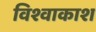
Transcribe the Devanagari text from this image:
विश्वाकाश